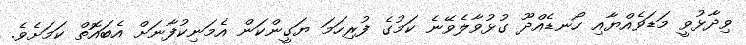
ވިދާޅުވީ މަޑަވެއްޔާއި ހޯނޑެއްދޫ ގުޅުވާލެވޭނެ ކަމުގެ ފުރިހަމަ ޔަގީންކަން އެމަނިކުފާނަށް އެބައޮތް ކަމަށެވެ.